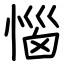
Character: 惱